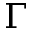
\Gamma